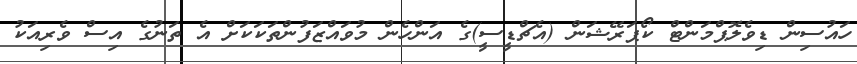
ހައުސިން ޑިވެލޮޕްމަންޓް ކޯޕަރޭޝަން (އެޗްޑީސީ)ގެ އަންހެން މުވައްޒަފުންތަކަކަށް އެ ތަނުގެ އިސް ވެރިއަކު